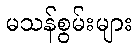
မသန်စွမ်းများ